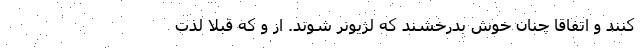
کنند و اتفاقاً چنان خوش بدرخشند که لژیونر شوند. از و که قبلاً لذت